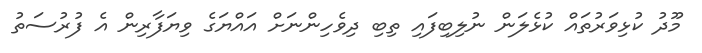
މޫދު ކުޅިވަރުތައް ކުޅެލަން ނުލިބިފައި ތިބި ދިވެހިންނަށް އައްޔަގެ ވިޔަފާރިން އެ ފުރުސަތު